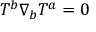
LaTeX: T ^ { b } \nabla _ { b } T ^ { a } = 0